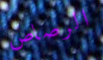
الرصاص